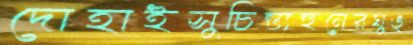
দোহাইসুচিন্ত্যহুনেরঘুঙ্